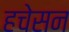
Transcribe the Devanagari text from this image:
हचेसन